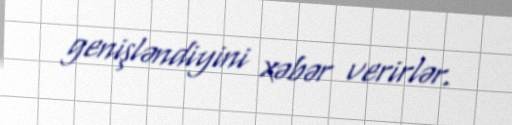
genişləndiyini xəbər verirlər.